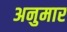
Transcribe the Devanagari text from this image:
अनुमार